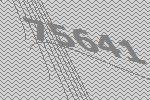
75641